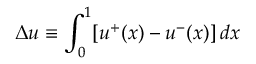
\Delta u \equiv \int _ { 0 } ^ { 1 } \lbrack u ^ { + } ( x ) - u ^ { - } ( x ) \rbrack \, d x